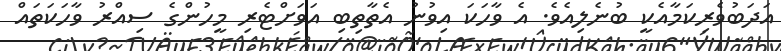
އަދަބުވެރިކަމާއެކީ ބުނެލިއެވެ. އެ ވާހަކަ އިވުނު އެތާތިބި އަވަށްޓެރި މީހުންގެ ސިއްރު ވާހަކަތައް